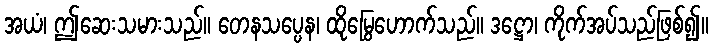
အယံ၊ ဤဆေးသမားသည်။ တေနသပ္ပေန၊ ထိုမြွေဟောက်သည်။ ဒဋ္ဌော၊ ကိုက်အပ်သည်ဖြစ်၍။